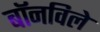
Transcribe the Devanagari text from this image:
बॉनविले